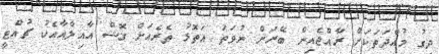
ދިގު މުއްދަތަކަށް ރާއްޖެއިން ބޭރަށް ނުވަތަ އަތޮޅު ތެރެއަށް ގޮސް އާއިލާއާއެކު ޗުއްޓީ